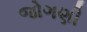
જોગણી